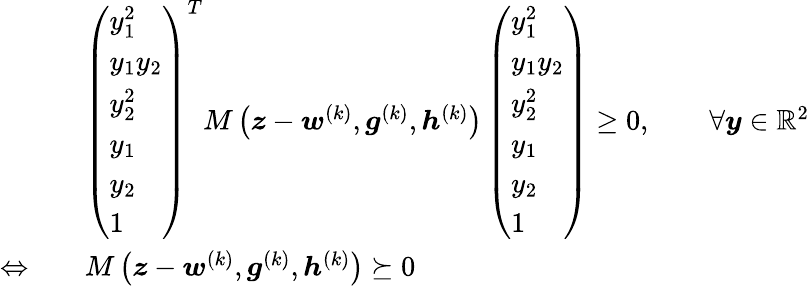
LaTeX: \begin{array}{rl}&{\left(\begin{array}{l}{y_{1}^{2}}\\ {y_{1}y_{2}}\\ {y_{2}^{2}}\\ {y_{1}}\\ {y_{2}}\\ {1}\end{array}\right)^{T}M\left(\boldsymbol{z}-\boldsymbol{w}^{(k)},\boldsymbol{g}^{(k)},\boldsymbol{h}^{(k)}\right)\left(\begin{array}{l}{y_{1}^{2}}\\ {y_{1}y_{2}}\\ {y_{2}^{2}}\\ {y_{1}}\\ {y_{2}}\\ {1}\end{array}\right)\geq 0,\qquad\forall\boldsymbol{y}\in\mathbb{R}^{2}}\\ {\Leftrightarrow\quad}&{M\left(\boldsymbol{z}-\boldsymbol{w}^{(k)},\boldsymbol{g}^{(k)},\boldsymbol{h}^{(k)}\right)\succeq 0}\end{array}